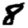
Digit: 8